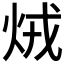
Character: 𤇽